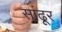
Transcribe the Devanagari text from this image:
सांढूर